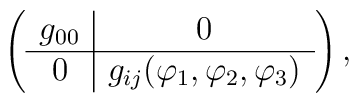
\left(\begin{array}{c|c}g_{00} & 0\\ \hline0 & g_{ij} ({\varphi}_1, {\varphi}_2, {\varphi}_3)\end{array}\right),